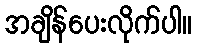
အချိန်ပေးလိုက်ပါ။